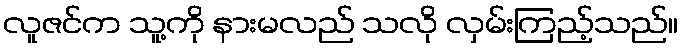
လူဇင်က သူ့ကို နားမလည် သလို လှမ်းကြည့်သည်။